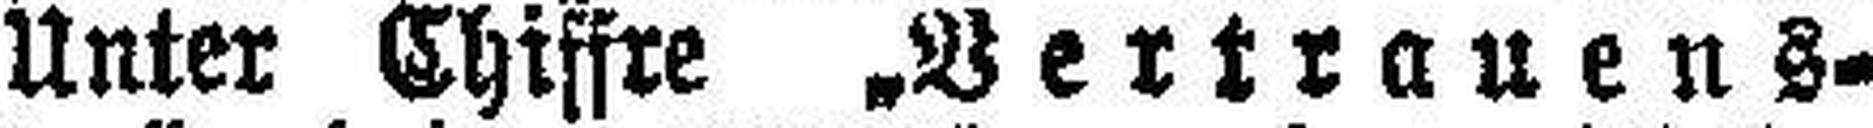
Unter Chiffre „Vertrauens¬